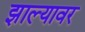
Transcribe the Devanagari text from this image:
झाल्‍यावर